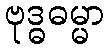
ဗုဒ္ဓဓမ္မာ